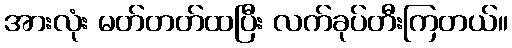
အားလုံး မတ်တတ်ထပြီး လက်ခုပ်တီးကြတယ်။